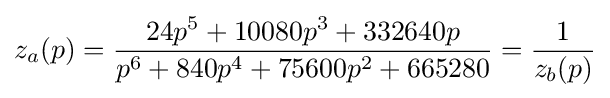
z_{a}(p)={\frac {24p^{5}+10080p^{3}+332640p}{p^{6}+840p^{4}+75600p^{2}+665280}}={\frac {1}{z_{b}(p)}}